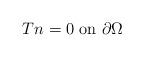
LaTeX: \begin{align*}Tn=0\mbox{ on }\partial\Omega\end{align*}